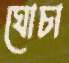
ঘোচা